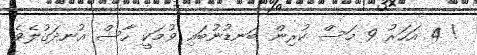
! 4 އަހަރު 9 މަސް ކުރިން ބަނޑުނުބައި ވުމަކީ ހާސް އުނދަގުލެވެ.